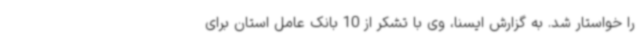
را خواستار شد. به گزارش ایسنا، وی با تشکر از 10 بانک عامل استان برای